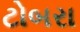
ટોબરા